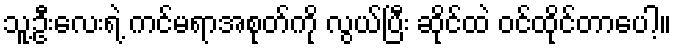
သူ့ဦးလေးရဲ့ ကင်မရာအစုတ်ကို လွယ်ပြီး ဆိုင်ထဲ ဝင်ထိုင်တာပေါ့။